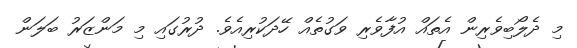
މި ދެލޯބިވެރިން އެތައް އުފާވެރި ވަގުތެއް ހޭދަކުރިއެވެ. ދުރުގައި މި މަންޒަރު ބަލަން